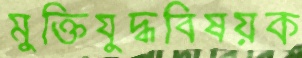
মুক্তিযুদ্ধবিষয়ক